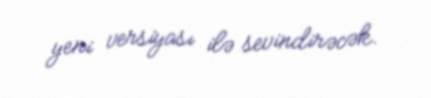
yeni versiyası ilə sevindirəcək.